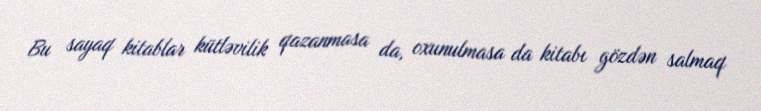
Bu sayaq kitablar kütləvilik qazanmasa da, oxunulmasa da kitabı gözdən salmaq